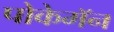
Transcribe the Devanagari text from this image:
पोकेमॅन